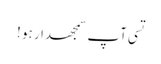
تسی آپ سمجھدار ہو !